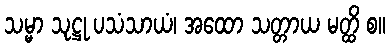
သမ္မာ သုဋ္ဌု ပသံသာယံ၊ အထော သတ္တာယ မတ္ထိ စ။